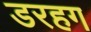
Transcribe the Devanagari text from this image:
डरहग